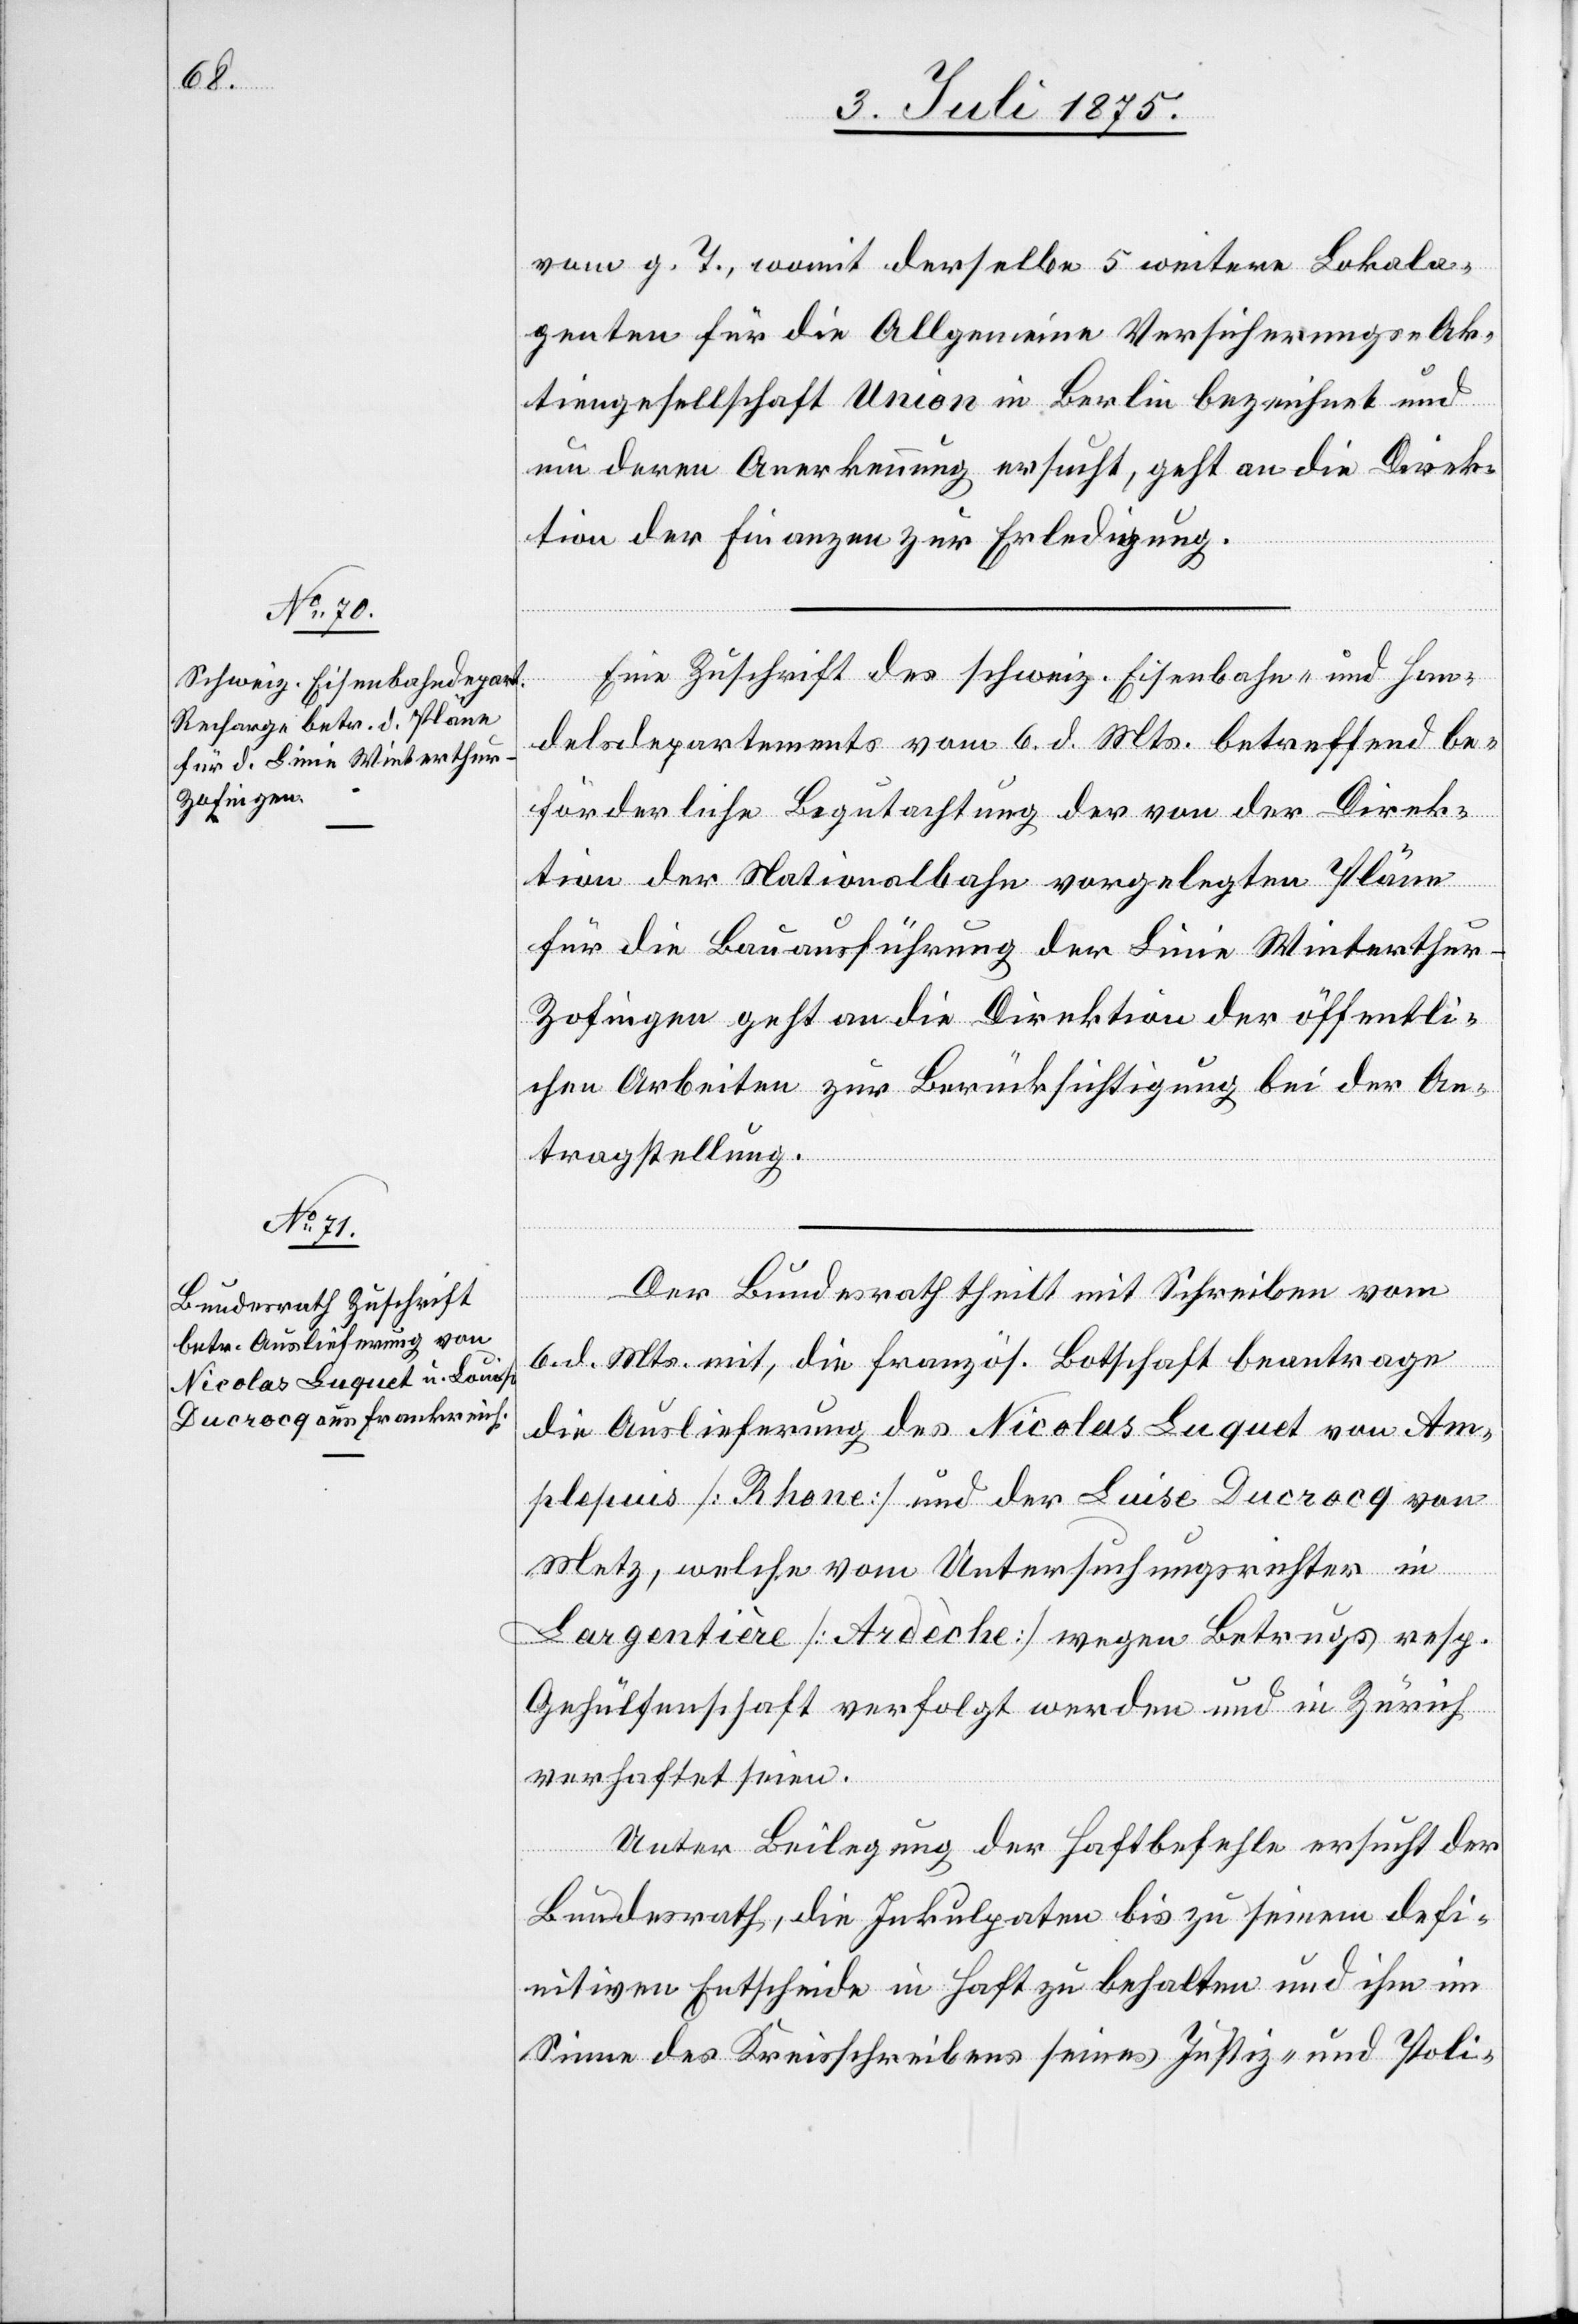
8. Juli 1875.]
vom g. T., womit derselbe 5 weitere Lokala¬
genten für die Allgemeine Versicherungs-Ak¬
tiengesellschaft Union in Berlin bezeichnet und
um deren Anerkennung ersucht, geht an die Direk¬
tion der Finanzen zur Erledigung.
Eine Zuschrift des schweiz. Eisenbahn- und Han¬
delsdepartementes vom 6. d. Mts. betreffend be¬
förderliche Begutachtung der von der Direk¬
tion der Nationalbahn vorgelegten Pläne
für die Bauausführung der Linie Winterthu¬
r–Zofingen geht an die Direktion der öffentli¬
chen Arbeiten zur Berücksichtigung bei der An¬
tragstellung.
Der Bundesrath theilt mit Schreiben vom
6. d. Mts. mit, die französ. Botschaft beantrage
die Auslieferung des Nicolas Luquet von Am¬
plepuis [Rhone] und der Luise [sic!] Ducracq von
Metz, welche vom Untersuchungsrichter in
Largentière [Ardèche] wegen Betrugs resp.
Gehülfenschaft verfolgt werden und in Zürich
verhaftet seien.
Unter Beilegung der Haftbefehle ersucht der
Bundesrath, die Inkulpaten bis zu seinem defi¬
nitiven Entscheide in Haft zu behalten und ihm im
Sinne des Kreisschreibens seines Justiz- und Poli-